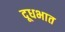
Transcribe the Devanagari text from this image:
दूधभात